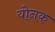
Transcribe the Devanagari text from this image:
योनक